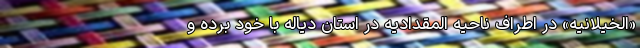
«الخیلانیه» در اطراف ناحیه المقدادیه در استان دیاله با خود برده و